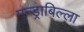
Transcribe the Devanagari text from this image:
मुन्ड्राबिल्ला